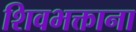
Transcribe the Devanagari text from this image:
शिवभक्ताना